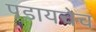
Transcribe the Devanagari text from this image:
पडायचेच